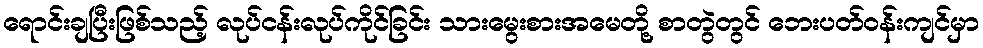
ရောင်းချပြီးဖြစ်သည့် လုပ်ငန်းလုပ်ကိုင်ခြင်း သားမွေးစားအမေတို့ စာတွဲတွင် ဘေးပတ်ဝန်းကျင်မှာ